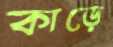
কাড়ে